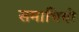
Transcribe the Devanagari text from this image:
समाधियो